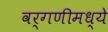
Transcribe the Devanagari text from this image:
वर्गणीमध्ये